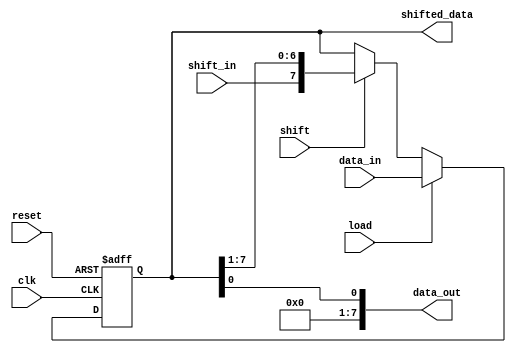
module parameterized_shift_register #(
    parameter WIDTH = 8  // Default width of the shift register
)(
    input wire clk,                // Clock signal
    input wire reset,              // Asynchronous reset
    input wire [WIDTH-1:0] data_in, // Parallel input data
    input wire shift_in,           // Serial input data for shifting
    input wire load,               // Control signal for parallel loading
    input wire shift,              // Control signal for shifting
    output reg [WIDTH-1:0] data_out, // Serial output data
    output reg [WIDTH-1:0] shifted_data // Parallel output data
);

    // Internal register to hold the shift register value
    reg [WIDTH-1:0] shift_reg;

    always @(posedge clk or posedge reset) begin
        if (reset) begin
            // Reset the shift register to zero
            shift_reg <= {WIDTH{1'b0}};
        end else begin
            if (load) begin
                // Load data in parallel
                shift_reg <= data_in;
            end else if (shift) begin
                // Shift operation
                shift_reg <= {shift_in, shift_reg[WIDTH-1:1]};
            end
        end
    end

    // Assign outputs
    assign data_out = shift_reg[0]; // Serial output (LSB)
    assign shifted_data = shift_reg; // Parallel output

endmodule